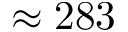
\approx 2 8 3